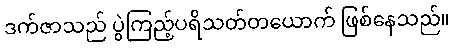
ဒက်ဇာသည် ပွဲကြည့်ပရိသတ်တယောက် ဖြစ်နေသည်။